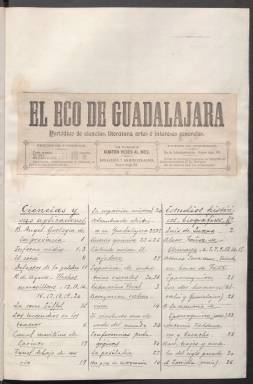
Título: El Eco de Guadalajara
Colección: Periódicos
Ámbito geográfico: Guadalajara
Lugar de publicación: Guadalajara
Fechas: 01/01/1888-30/11/1889